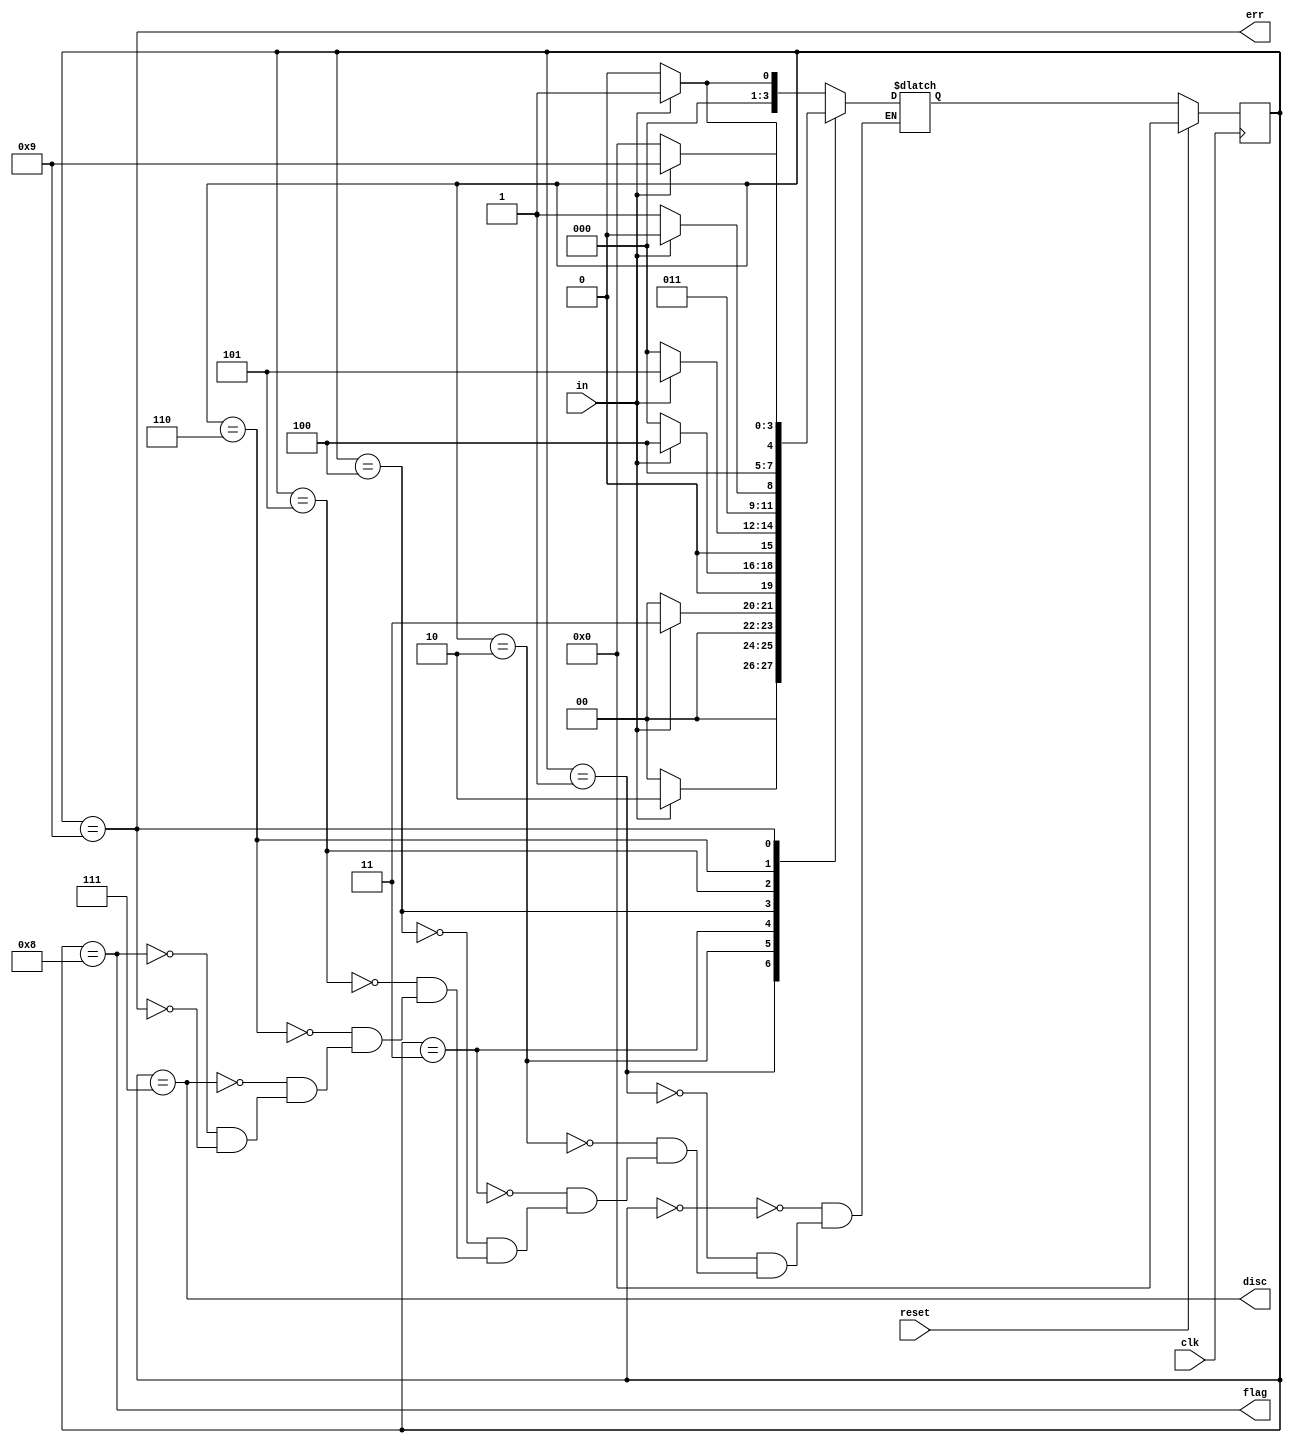
module top_module(
    input clk,
    input reset,    // Synchronous reset
    input in,
    output disc,
    output flag,
    output err);

    parameter [3:0]IDLE = 4'd0;
    parameter [3:0]BIT0 = 4'd1;
    parameter [3:0]BIT1 = 4'd2;
    parameter [3:0]BIT2 = 4'd3;
    parameter [3:0]BIT3 = 4'd4;
    parameter [3:0]BIT4 = 4'd5;
    parameter [3:0]BIT5 = 4'd6;
    parameter [3:0]DISC = 4'd7;
    parameter [3:0]FLAG = 4'd8;
    parameter [3:0]ERROR = 4'd9;

    reg [3:0]y, Y;

    always@(*)begin
        case(y)
            IDLE:   if(in)  Y <= BIT0;
                    else Y <= IDLE;
            BIT0:   if(in)  Y <= BIT1;
                    else Y <= IDLE;
            BIT1:   if(in)  Y <= BIT2;
                    else Y <= IDLE;        
            BIT2:   if(in)  Y <= BIT3;
                    else Y <= IDLE;  
            BIT3:   if(in)  Y <= BIT4;
                    else Y <= IDLE;  
            BIT4:   if(in)  Y <= BIT5;
                    else Y <= DISC;  
            BIT5:   if(in)  Y <= ERROR;
                    else Y <= FLAG;  
            DISC:   if(in)  Y <= BIT0;
                    else    Y <= IDLE;
            FLAG:   if(in)  Y <= BIT0;
                    else    Y <= IDLE;
            ERROR:  if(in)  Y <= ERROR;
                    else Y <= IDLE;
        endcase
    end

    always@(posedge clk)begin
        if(reset)
            y <= IDLE;
        else
            y <= Y;
    end

    assign disc = (y == DISC);
    assign flag = (y == FLAG);
    assign err = (y == ERROR);

endmodule